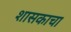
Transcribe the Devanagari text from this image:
शासकाचा